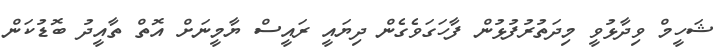
ޝަހީމް ވިދާޅުވީ މިދަތުރުފުޅުން ފާހަގަވެގެން ދިޔައީ ރައީސް ޔާމީނަށް އޮތް ތާއީދު ބޮޑުކަން